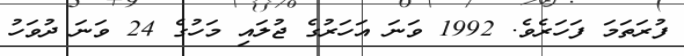
ފުރަތަމަ ފަހަރެވެ. 1992 ވަނަ އަހަރުގެ ޖުލައި މަހުގެ 24 ވަނަ ދުވަހު